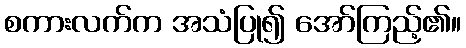
စကားလက်က အသံပြု၍ အော်ကြည့်၏။